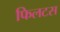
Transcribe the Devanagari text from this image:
फिलटस